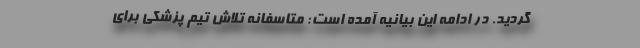
گردید. در ادامه این بیانیه آمده است: متاسفانه تلاش تیم پزشکی برای